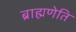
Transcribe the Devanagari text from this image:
ब्राह्मणेति